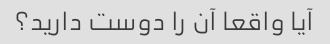
آیا واقعا آن را دوست دارید؟